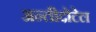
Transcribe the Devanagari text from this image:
अन्तीदोटेल